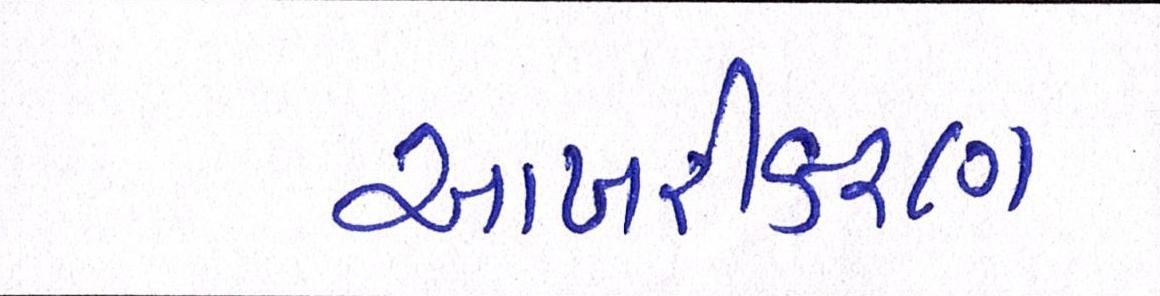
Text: આખરીકરણ